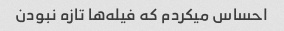
احساس میکردم که فیله‌ها تازه نبودن